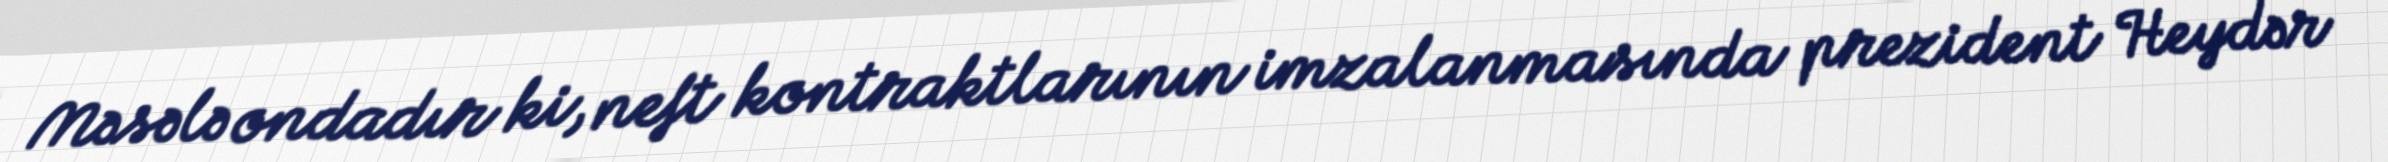
Məsələ ondadır ki, neft kontraktlarının imzalanmasında prezident Heydər